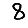
Digit: 8